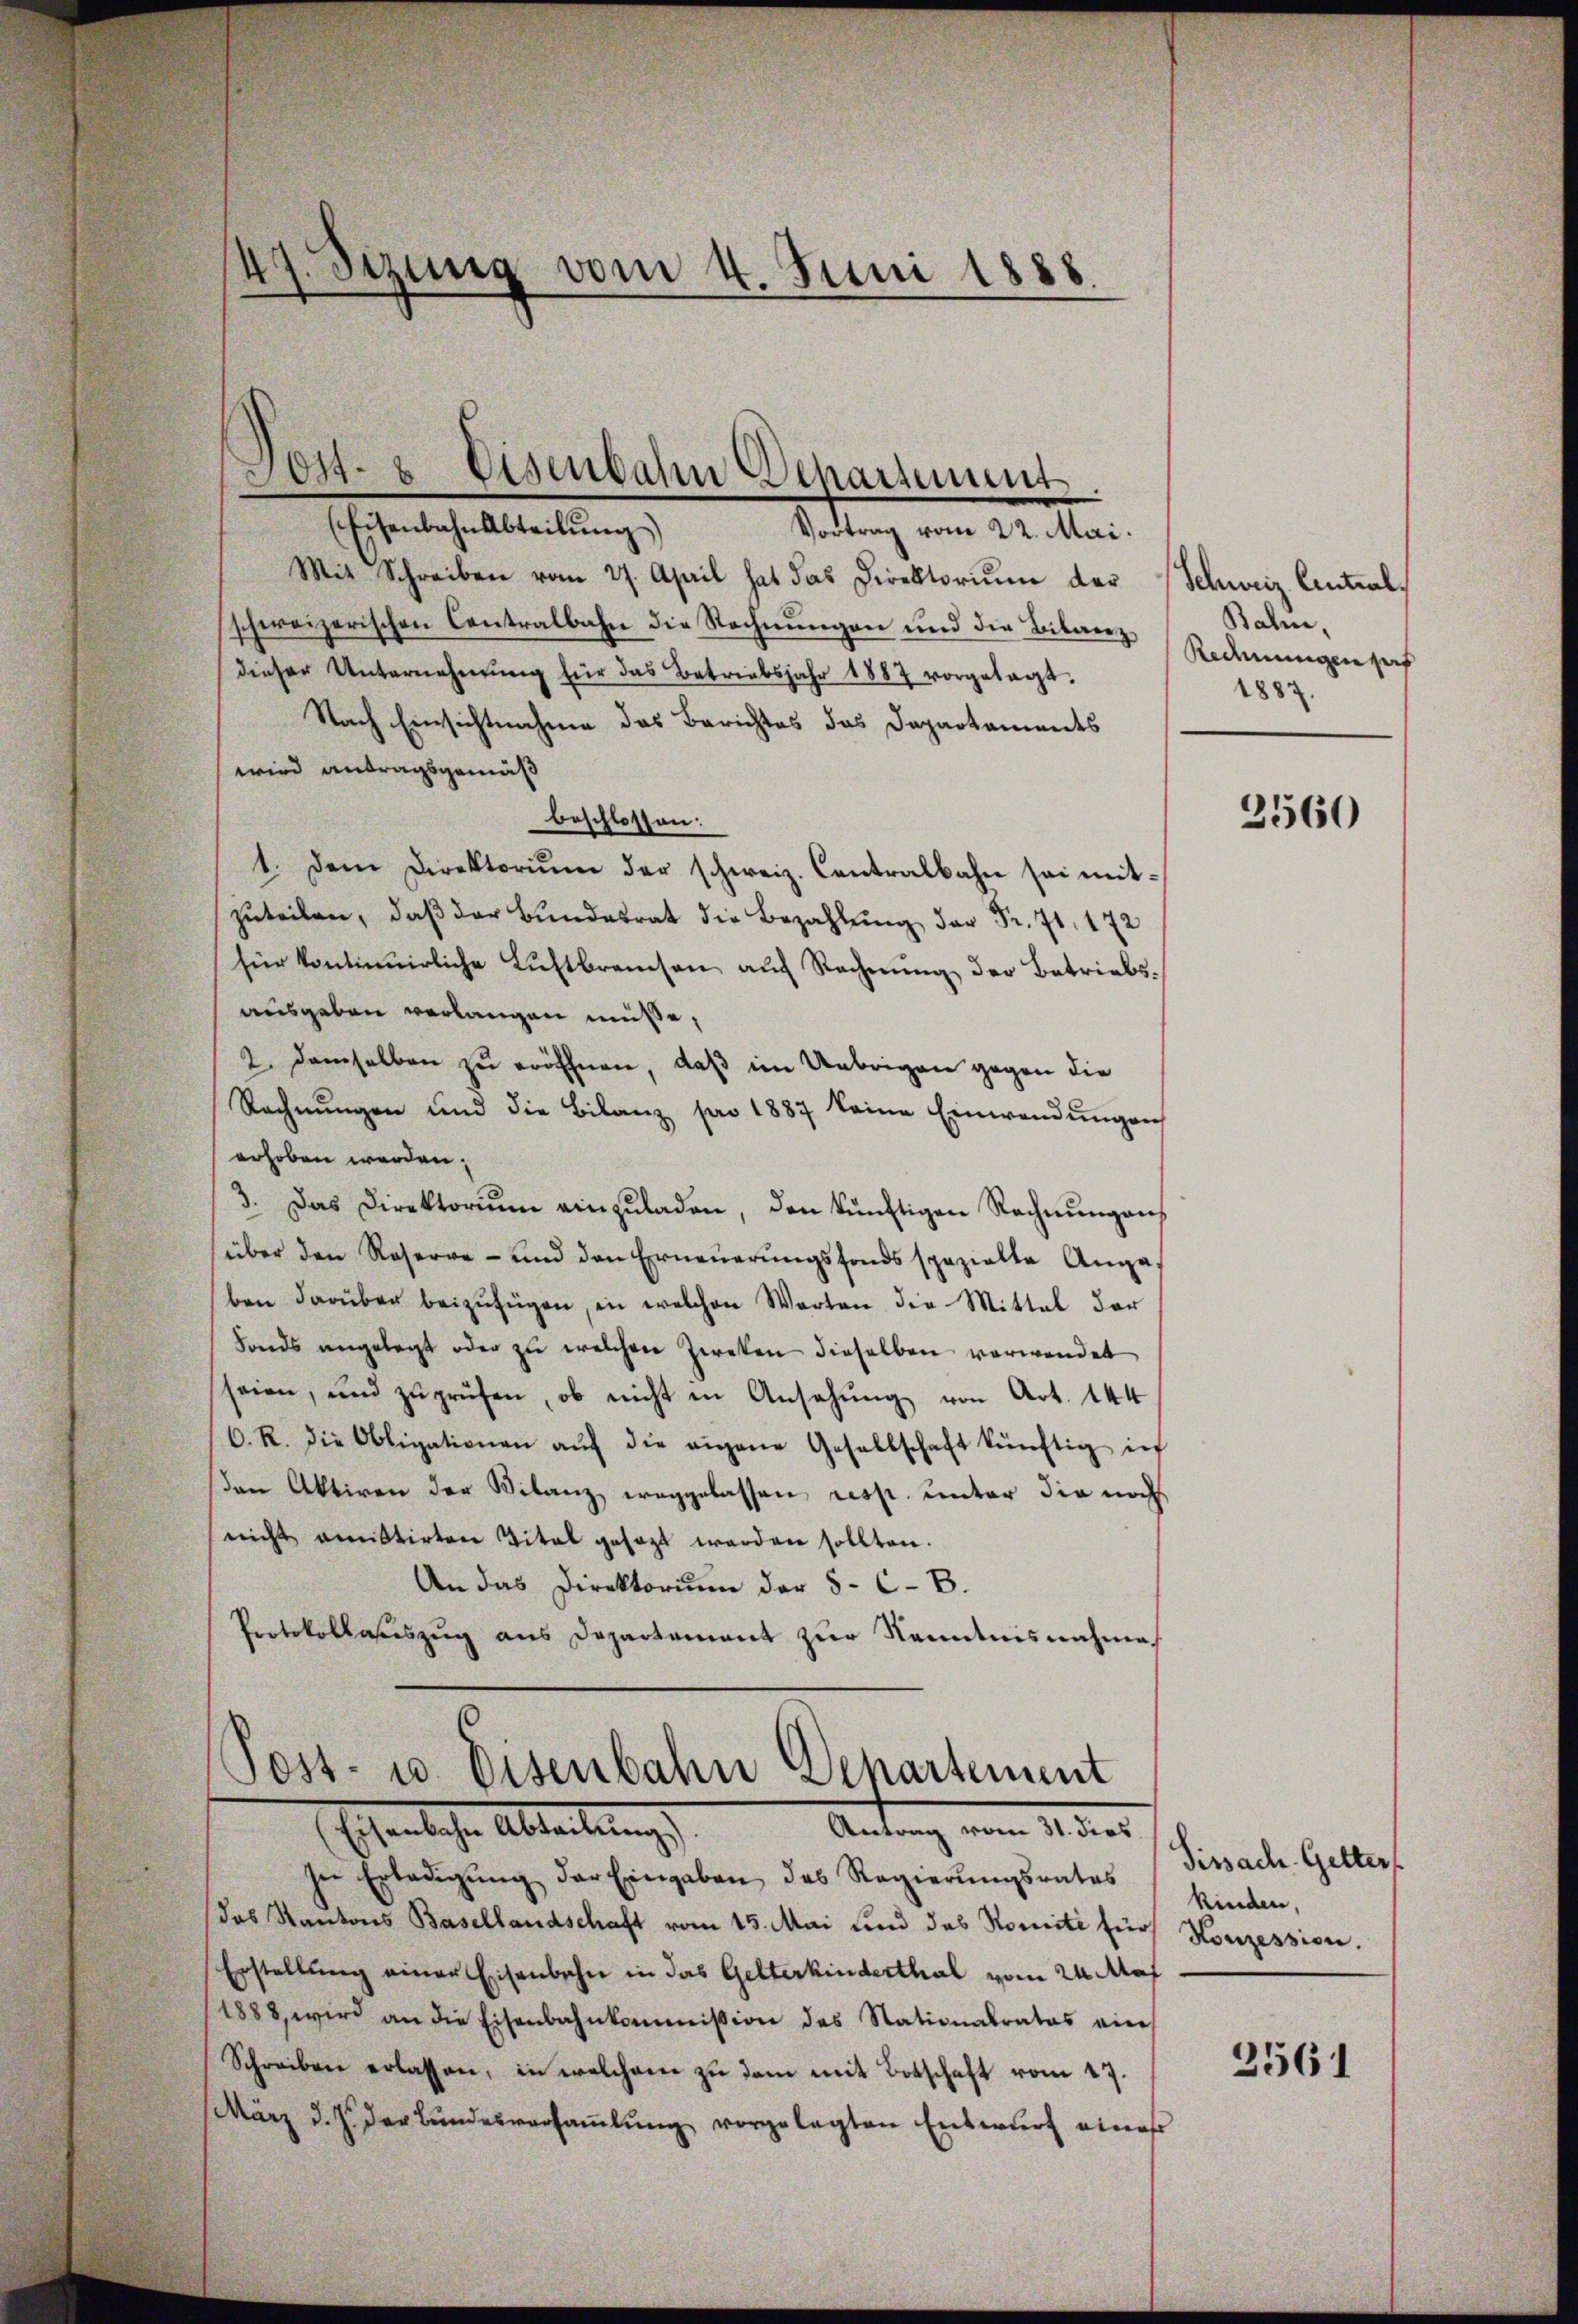
Mit Schreiben vom 21. April hat das Direktorium der (Schweiz. Centralschereizerischen Centralbahn die Rechnungen und die Bibarez
dieser Unternehmung für das Betriebsjahr 1887 vorgelagt.
Nach Einsichtnahme das Berichtes das Departaments
wird antragsgemäß
beschlossen:
1. Dem Direktoriŭm der schweiz. Centralbahn sei mit-
 ..
für kontinuirliche Luftkreisen auf Rechnung der Betriebsausgeben verlangen müsse,
2. demselben zu eröffnen, daß im Uebrigen gegen die
Rechnŭngen und die Bilanz pro 1887 keine Einwendŭngen
erhoben werden;
3. Das Direktoriŭm einzŭladen, den künftigen Rechnŭngens
(über den Reserve- und den Erneŭerŭngsfonds spazielle Anga
ben darüber beizufügen, in welchen Warten die Mittel der
Fonds angelegt oder zŭ welchen Zweken dieselben verwendet
seien, und zŭ prüfen, ob nicht in Ansehŭng von Art. 144
C. R. die Obligationen aŭf die eigene Gesellschaft künftig in
den Aktiren der Wilanz weggelassen resp. unter die noch
nicht amistirten Titel gesezt werden sollten.
An das Direktorium der 5 - C-B.
Protokollauszug aus Departement zur Kenntnisnahme

47. Sezung vom 4. Juni 1888.

Jost- & Eisenbahn Departeme
Eisenbahn Abteilŭng
Vortrag vom 22. Mai.

5
Post- u. Eisenbahn Departement
Eöhenliche Abtreitung
Antrag vom 31. dies

sn Erledigŭng der Eingaben des Regierŭngsrates
das Kantons Basellandschaft vom 15. Mai und das Komité für Konzession.
Erstellung einer Eisenbahn in das Gelterkinderthal vom 24 Maf
1888, wird an die Eisenbahnkommission des Stationalrates ein
Schreiben erlassen, in welchem zu dem mit Botschaft vom 17.
März d. J. der Bŭndesversaṁlŭng vorgelegten Entwŭrf eines

Bahn,
Rechnungen hat
1887.

2560

Sissach. Gelter
kinden,

2561